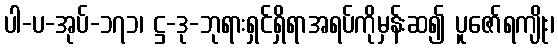
ပါ-ပ-အုပ်-၁၇၁၊ ဋ္ဌ-ဒု-ဘုရားရှင်ရှိရာအရပ်ကိုမှန်းဆ၍ ပူဇော်ရကျိုး၊